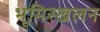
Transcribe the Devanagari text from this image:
भूमिस्खलन